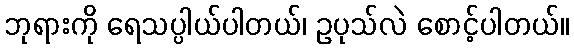
ဘုရားကို ရေသပ္ပါယ်ပါတယ်၊ ဥပုသ်လဲ စောင့်ပါတယ်။